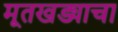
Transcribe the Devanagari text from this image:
मूतखड्याचा